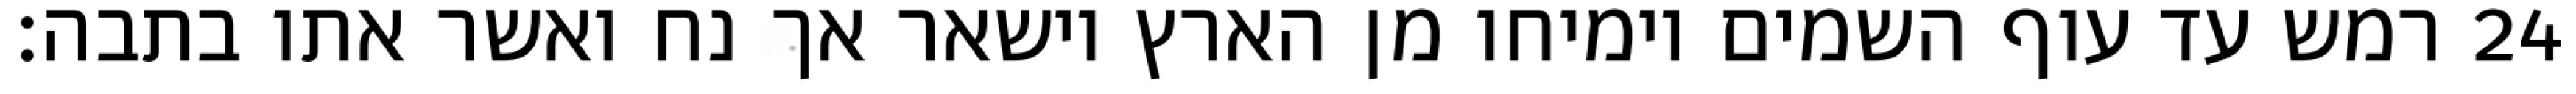
רמש עד עוף השמים וימיחו מן הארץ וישאר אך נח ואשר אתו בתבה׃ ‎24‏